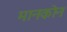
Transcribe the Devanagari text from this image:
मानकोन